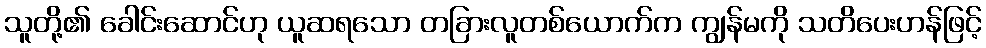
သူတို့၏ ခေါင်းဆောင်ဟု ယူဆရသော တခြားလူတစ်ယောက်က ကျွန်မကို သတိပေးဟန်ဖြင့်